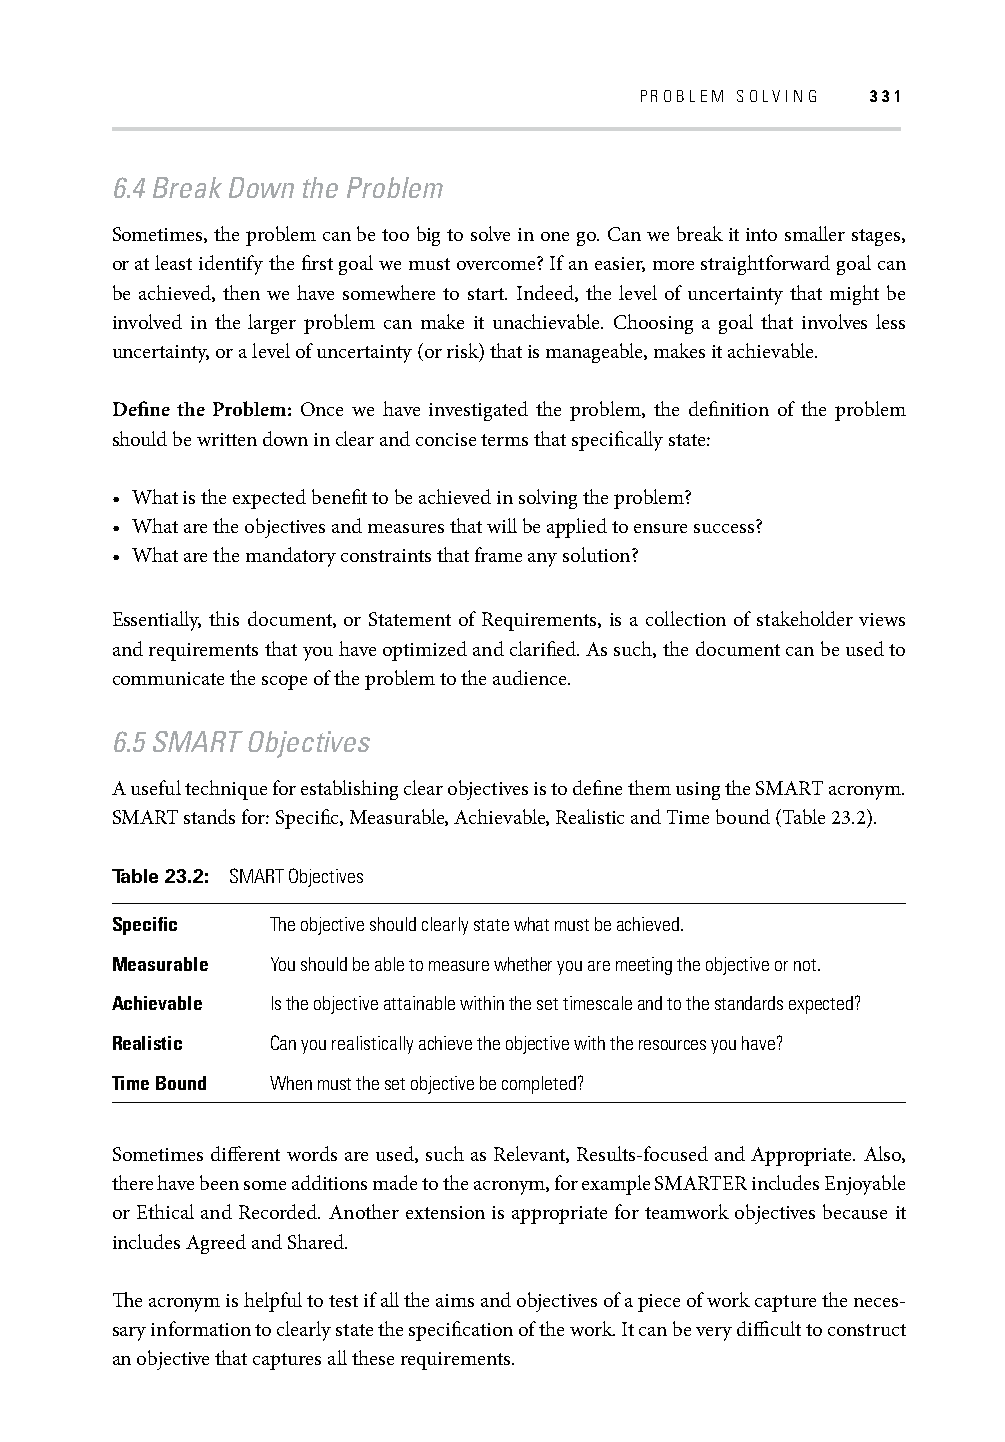
PROBLEM SOLVING 331
 6.4 Break Down the Problem
 Sometimes, the problem can be too big to solve in one go. Can we break it into smaller stages,
 or at least identify the fi rst goal we must overcome? If an easier, more straightforward goal can
 be achieved, then we have somewhere to start. Indeed, the level of uncertainty that might be
 involved in the larger problem can make it unachievable. Choosing a goal that involves less
 uncertainty, or a level of uncertainty (or risk) that is manageable, makes it achievable.
 Defi ne the Problem: Once we have investigated the problem, the defi nition of the problem
 should be written down in clear and concise terms that specifi cally state:
 • What is the expected benefi t to be achieved in solving the problem?
 • What are the objectives and measures that will be applied to ensure success?
 • What are the mandatory constraints that frame any solution?
 Essentially, this document, or Statement of Requirements, is a collection of stakeholder views
 and requirements that you have optimized and clarifi ed. As such, the document can be used to
 communicate the scope of the problem to the audience.
 6.5 SMART Objectives
 A useful technique for establishing clear objectives is to defi ne them using the SMART acronym.
 SMART stands for: Specifi c, Measurable, Achievable, Realistic and Time bound (Table 23.2).
 Table 23.2: SMART Objectives
 Specifi c  The objective should clearly state what must be achieved.
 Measurable You should be able to measure whether you are meeting the objective or not.
 Achievable Is the objective attainable within the set timescale and to the standards expected?
 Realistic  Can you realistically achieve the objective with the resources you have?
 Time Bound When must the set objective be completed?
 Sometimes diff erent words are used, such as Relevant, Results-focused and Appropriate. Also,
 there have been some additions made to the acronym, for example SMARTER includes Enjoyable
 or Ethical and Recorded. Another extension is appropriate for teamwork objectives because it
 includes Agreed and Shared.
 Th e acronym is helpful to test if all the aims and objectives of a piece of work capture the neces-
 sary information to clearly state the specifi cation of the work. It can be very diffi cult to construct
 an objective that captures all these requirements.